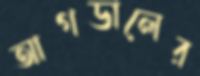
আগডালের